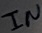
Text: IN